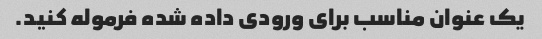
یک عنوان مناسب برای ورودی داده شده فرموله کنید.